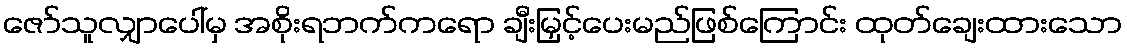
ဇော်သူလျှာပေါ်မှ အစိုးရဘက်ကရော ချီးမြှင့်ပေးမည်ဖြစ်ကြောင်း ထုတ်ချေးထားသော